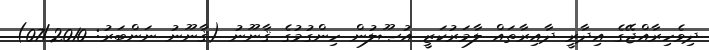
ދިވެހިރާއްޖޭގެ އިދާރީ ދާއިރާތައް ލާމަރުކަޒީ އުޞޫލުން ހިންގުމުގެ ޤާނޫނު (ޤާނޫނު ނަންބަރު: 07/2010)